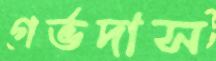
গর্ভদাস